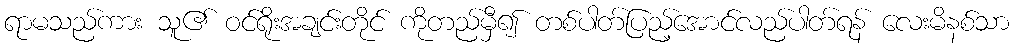
ရာမသည်ကား သူ၏ ဝင်ရိုးအချင်းတိုင် ကိုတည်မှီ၍ တစ်ပါတ်ပြည့်အောင်လည်ပါတ်ရန် လေးမိနစ်သာ